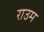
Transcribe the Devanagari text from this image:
राउम